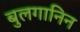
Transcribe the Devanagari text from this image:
बुलगानिन